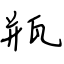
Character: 瓶